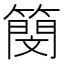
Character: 簢